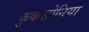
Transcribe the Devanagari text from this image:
कुकसोनिया